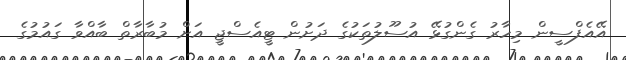
އޭއެފްސީން މިހާރު ގެންގުޅޭ އުސޫލުތަކުގެ ދަށުން ޓީއެސްޖީ އަށް މުބާރާތް ބާއްވާ ގައުމުގެ